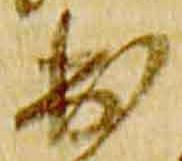
出